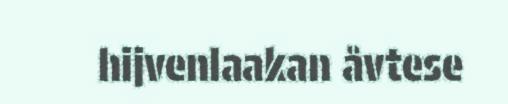
hijvenlaakan åvtese